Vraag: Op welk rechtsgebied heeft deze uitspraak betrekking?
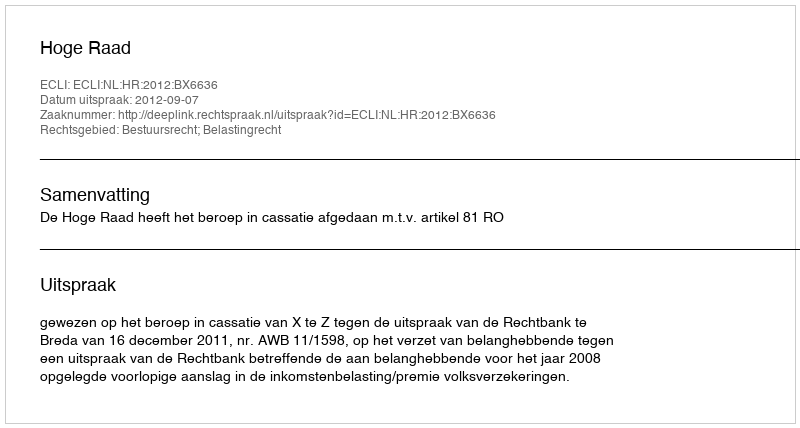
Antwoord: Bestuursrecht; Belastingrecht